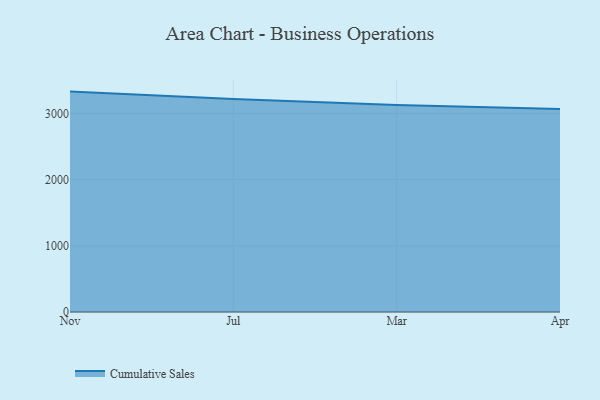
{"axis": {"x": "Month", "y": "Waste Production (Tons)"}, "legend": ["Cumulative Sales"], "data": [{"x": "Nov", "y": 3331.9, "type": "Cumulative Sales"}, {"x": "Jul", "y": 3220.1, "type": "Cumulative Sales"}, {"x": "Mar", "y": 3128.9, "type": "Cumulative Sales"}, {"x": "Apr", "y": 3069.0, "type": "Cumulative Sales"}]}